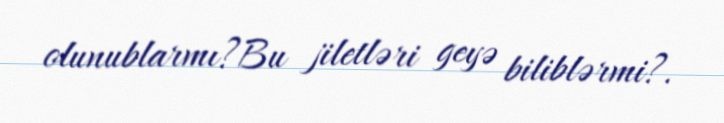
olunublarmı?Bu jiletləri geyə biliblərmi?.